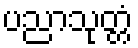
ပညာသုတ္တံ